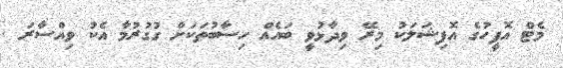
މެޓް އޮފީހުގެ އޮފިޝަލަކު މިރޭ ވިދާޅުވީ ބައެއް ހިސާބުތަކަށް ގުގުރުމާ އެކު ވިއްސާރަ